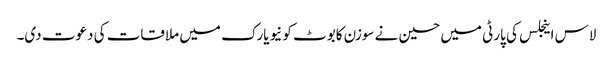
لاس اینجلس کی پارٹی میں حسین نے سوزن کابوٹ کو نیویارک میں ملاقات کی دعوت دی۔